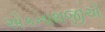
એકનાથજીએ